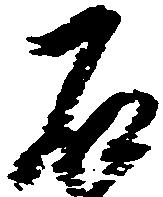
石